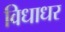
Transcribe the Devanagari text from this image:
विधाधर